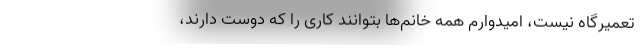
تعمیرگاه نیست، امیدوارم همه خانم‌ها بتوانند کاری را که دوست دارند،